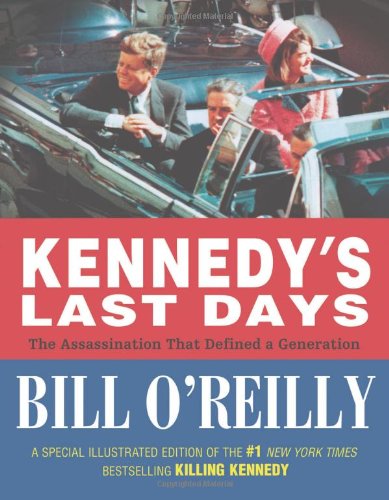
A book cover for Kennedy's Last Days: The Assassination That Defined a Generation; Bill O'Reilly; Children's Books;